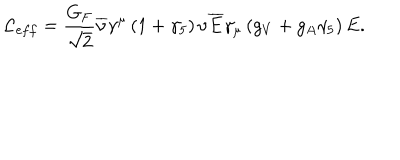
{ \cal L } _ { e f f } = \frac { G _ { F } } { \sqrt { 2 } } \overline { { { \nu } } } \gamma ^ { \mu } \left( 1 + \gamma _ { 5 } \right) \nu \overline { { { E } } } \gamma _ { \mu } \left( g _ { V } + g _ { A } \gamma _ { 5 } \right) E .